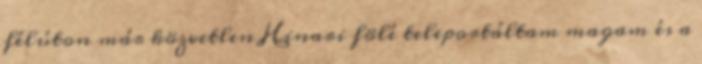
félúton már közvetlen Hinari fölé teleportáltam magam és a